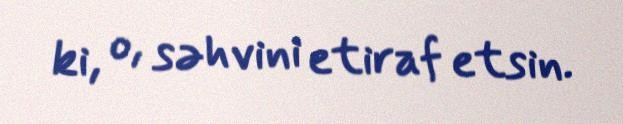
ki, o, səhvini etiraf etsin.